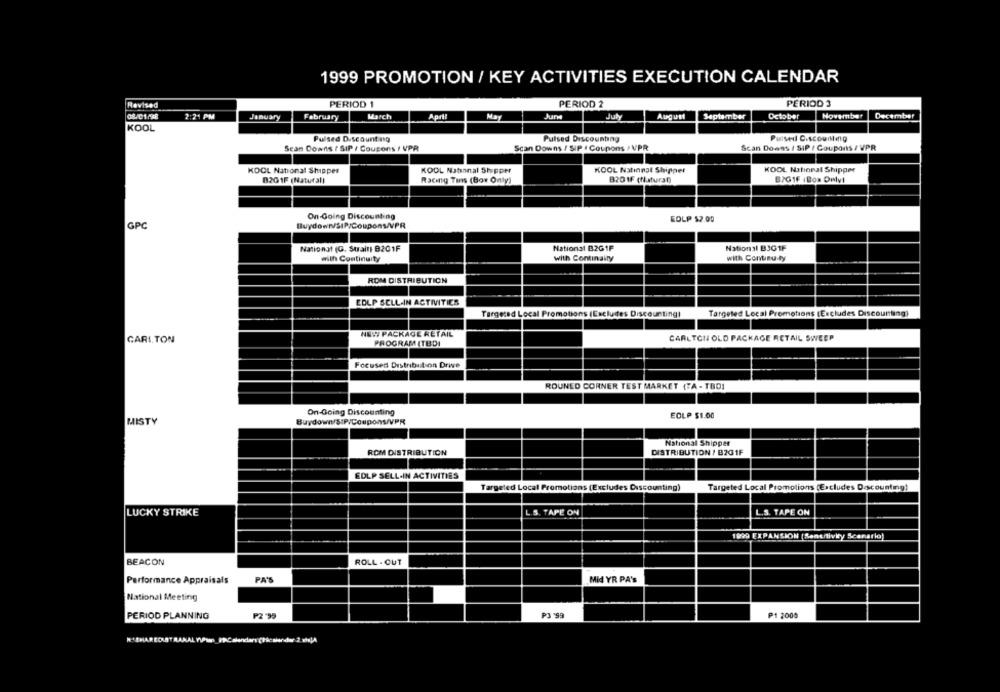
1999 PROMOTION / KEY ACTIVITIES EXECUTION CALENDAR
Revised
PERIOD 1
PERIOD 2
PERIOD 3
08.01/98
2:21 PM
January
February
Warch
April
JurMe
July
August
September
October
November
December
KOOL
Pulsed D.scounting
Pulsed Discounting
Pulsed Onscouning
Sean Downs / SIP / Coupons / VPR
Scan Downs / SIP . Coupons > VPR
Scan Downs / SIP / Coupons / VPR
KOOL National Shipper
KOOL Nabsanal Shipper
KOOL National Shipper
KOOL National Shipper
B201F (Natural)
Racing Tins (Box Only)
820 1F (Natural)
B/G1F (Box Onlvl
On-Going Discounting
EOLP $2.00
GPC
Buydown/SIN/Coupons/VPR
National (G. Strait| B201F
National B2G 1F
National BJG 1F
with Continuity
with Continalty
with Continu ty
ROM DISTRIBUTION
EDLP SELL-IN ACTIVITIES
Targeted Local Promotions (Excludes Discounting)
Targeted Local Promotions (Excludes Discounting!
CARI,TON
NEW PACKAGE RETAIL
CARLTON OLD PACKAGE RETAIL SWEEP
PROGRAM (TBDI
Focused Distribution Drive
ROUNED CORNER TEST MARKET (TA - TBD]
On-Going Discounting
EOLP $1.00
MISTY
Buydown/S:P/Coupons/VPR
National Shipper
ROM DISTRIBUTION
DISTRIBUTION / B201F
EDLP SELL-IN ACTIVITIES
Targeted Local Promotions (Excludes Discounting)
Targeted Local Promotions (Excludes Descounting!
LUCKY STRIKE
. S. TAPE ON
L.S. TAPE ON
1999 EXPANSION (Sensitivkry Scanario)
BEACON
ROLL - OUT
Performance Appraisals
PA'S
Mid YR PA'S
National Meeting
PERIOD PLANNING
P2 '99
P3 '99
P1 2000
W. SHAREOUSTRAXAL WUPin PPCalendars (Pacalander 2. wiejA